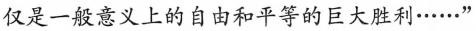
仅是一般意义上的自由和平等的巨大胜利……”